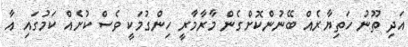
އަދި ތޫނު ހަތިޔާރެއް ބޭނުންކޮށްގެން މާރާމާރީ ހިންގުމަކީ ވެސް ކުށެއް ކަމުގައި އާ